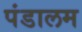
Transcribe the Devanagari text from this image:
पंडालम